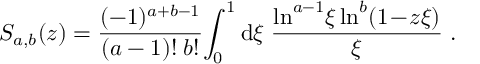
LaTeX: S _ { a , b } ( z ) = \frac { ( - 1 ) ^ { a + b - 1 } } { ( a - 1 ) ! \; b ! } \! \int _ { 0 } ^ { 1 } \mathrm { d } \xi \; \frac { \ln ^ { a - 1 } \! \xi \ln ^ { b } ( 1 \! - \! z \xi ) } { \xi } \; .